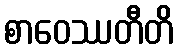
စာဝေဿတီတိ